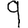
Digit: 9